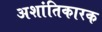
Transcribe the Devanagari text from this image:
अशांतिकारक